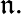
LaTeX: {\mathfrak{n}}.